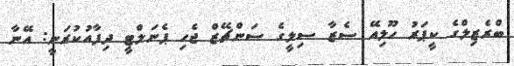
ބްރެޒިލްގެ ކީޕަރު ހޫލިއޭ ސެޒާ ސިލީގެ ސަންޗޭޒް ޖެހި ޕެނަލްޓީ ދިފާއުކުރަނީ: އޭނާ